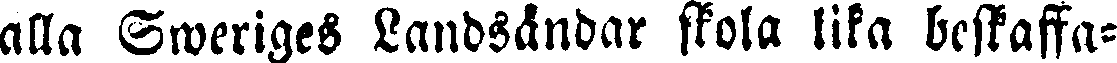
alla Sweriges Landsändar skola lika beskaffa-